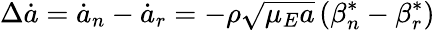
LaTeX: \Delta\dot{a}=\dot{a}_{n}-\dot{a}_{r}=-\rho\sqrt{\mu_{E}a}\left(\beta_{n}^{*}-\beta_{r}^{*}\right)